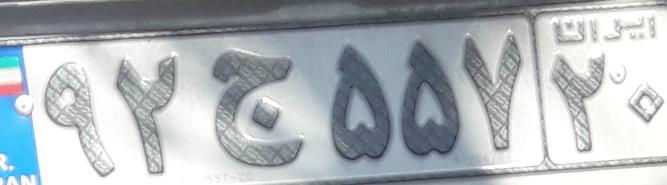
۹۲ج۵۵۷۲۰